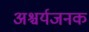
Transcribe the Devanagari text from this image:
अश्चर्यजनक